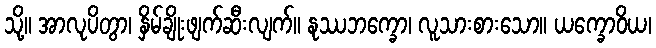
သို့။ အာလုပိတွာ၊ နှိမ်ချိုးဖျက်ဆီးလျက်။ နုဿဘက္ခော၊ လူသားစားသော။ ယက္ခောဝိယ၊